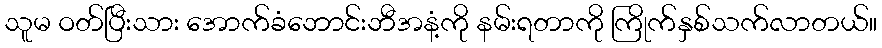
သူမ ဝတ်ပြီးသား အောက်ခံဘောင်းဘီအနံ့ကို နမ်းရတာကို ကြိုက်နှစ်သက်လာတယ်။